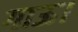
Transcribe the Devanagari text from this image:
गाऊ।